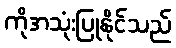
ကိုအသုံးပြုနိုင်သည်